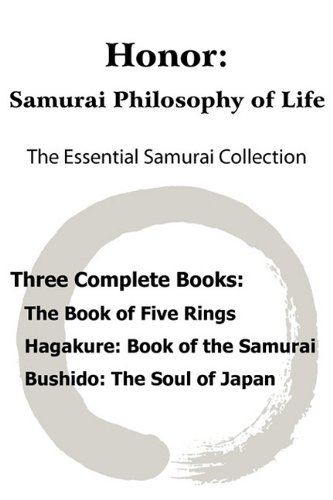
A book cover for Honor: Samurai Philosophy of Life - The Essential Samurai Collection; The Book of Five Rings, Hagakure: The Way of the Samurai, Bushido: The Soul of Japan.; Miyamoto Musashi; Religion & Spirituality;